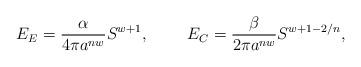
LaTeX: \begin{align*}E_E={\alpha\over{4\pi a^{nw}}}S^{w+1}, \ \ \ \ \ \ \ E_C={\beta\over{2\pi a^{nw}}}S^{w+1-2/n},\end{align*}